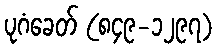
ပုဂံခေတ် (၈၄၉-၁၂၉၇)